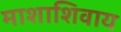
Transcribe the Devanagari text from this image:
माशाशिवाय